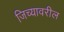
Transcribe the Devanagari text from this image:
जिच्यावरील